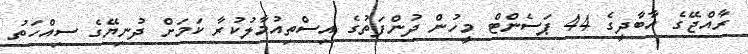
ރާއްޖޭގެ އާބާދީގެ 44 ޕަސެންޓް މީހުން ދުންފަތުގެ އިސްތިއުމާލުކުރާ ކަމަށް ދުނިޔޭގެ ސިއްހަތު